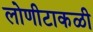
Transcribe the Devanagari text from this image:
लोणीटाकळी